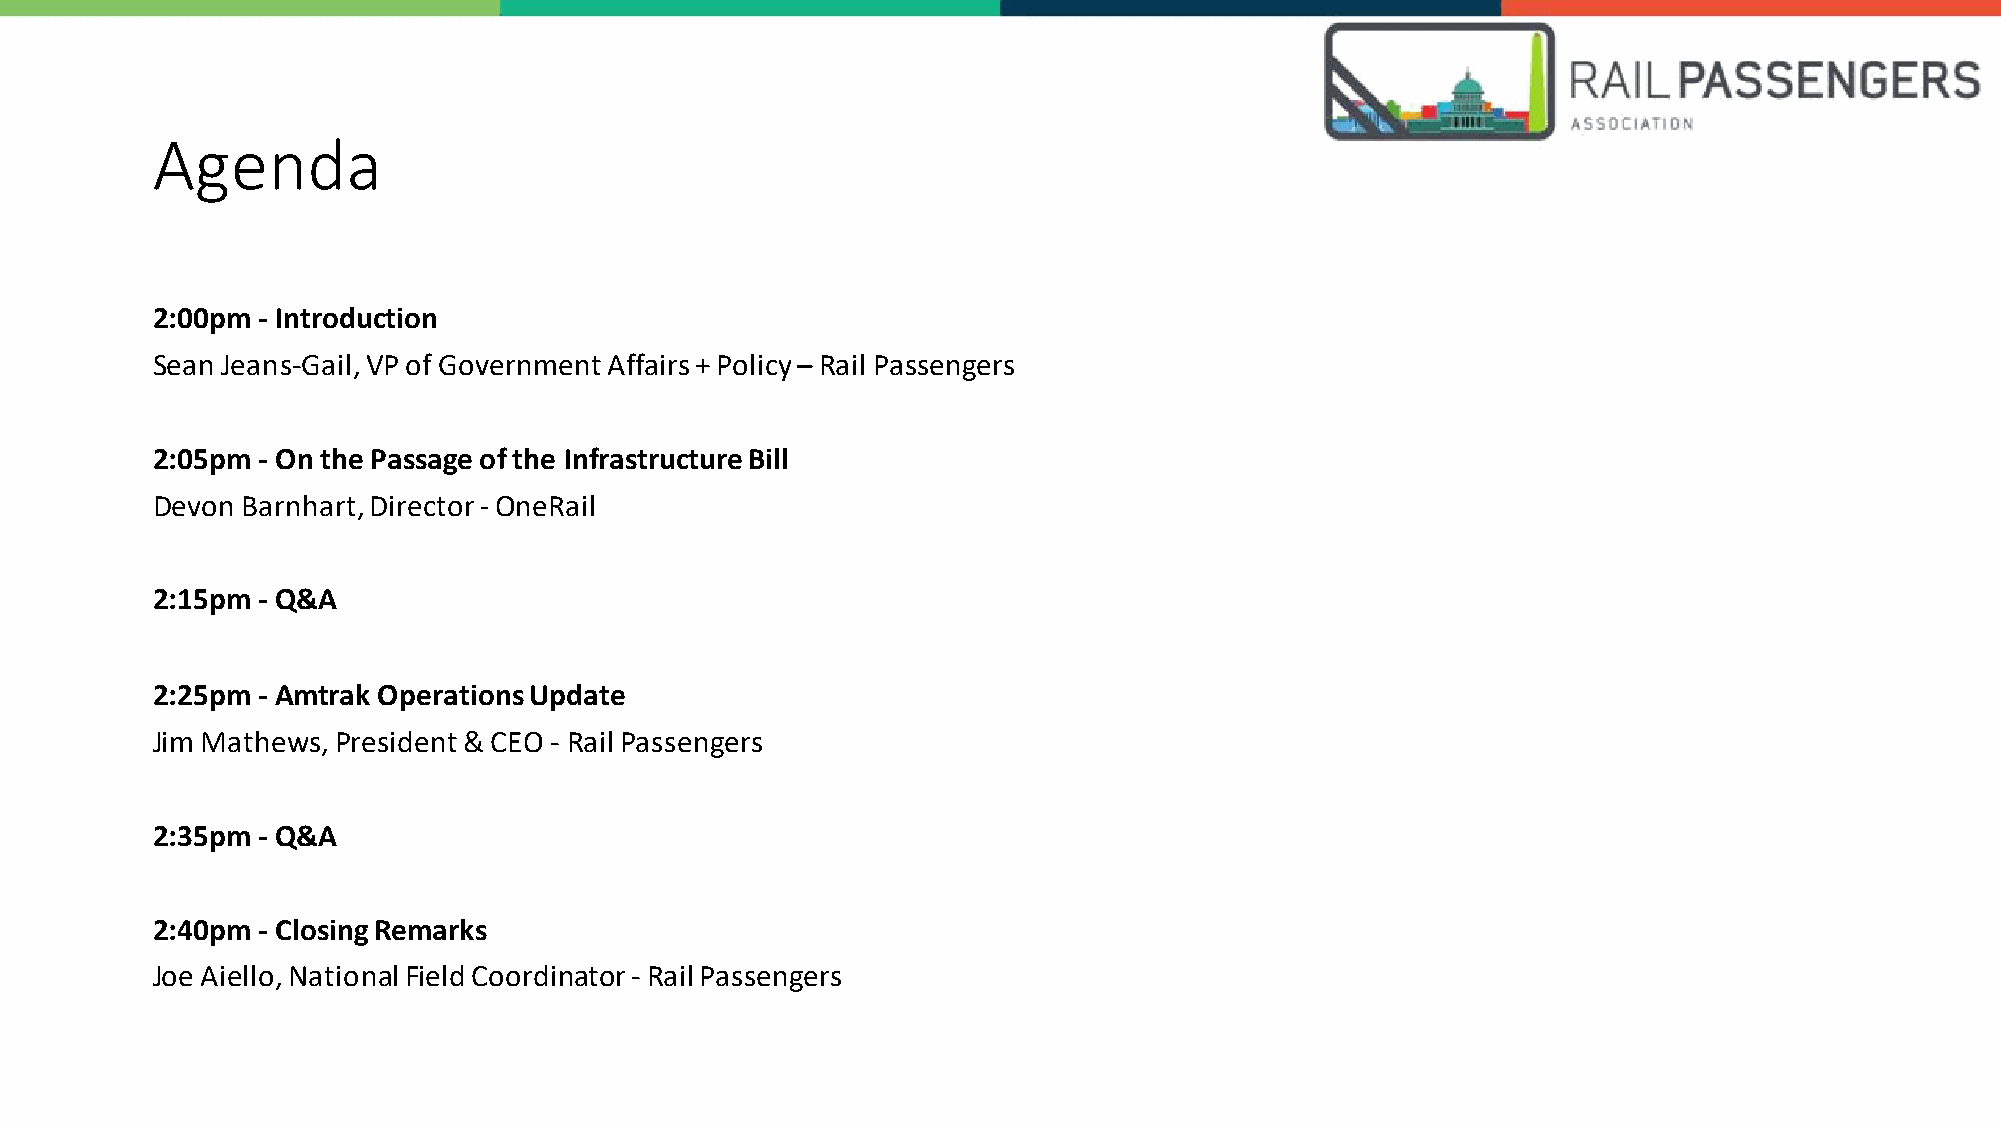
Agenda
 2:00pm - Introduction
 Sean Jeans-Gail, VP of Government Affairs + Policy – Rail Passengers
 2:05pm - On the Passage of the Infrastructure Bill
 Devon Barnhart, Director -OneRail
 2:15pm - Q&A
 2:25pm - Amtrak Operations Update
 Jim Mathews, President & CEO - Rail Passengers
 2:35pm - Q&A
 2:40pm - Closing Remarks
 Joe Aiello, NationalField Coordinator -Rail Passengers